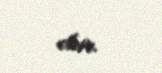
olur.